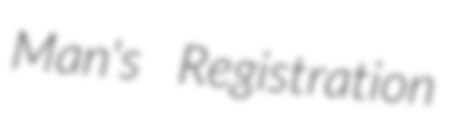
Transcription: Man's Registration